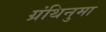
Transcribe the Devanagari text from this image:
ग्रंथिनुमा